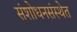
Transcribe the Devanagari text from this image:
संशोधनसंस्थेत